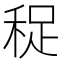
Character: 𥞺